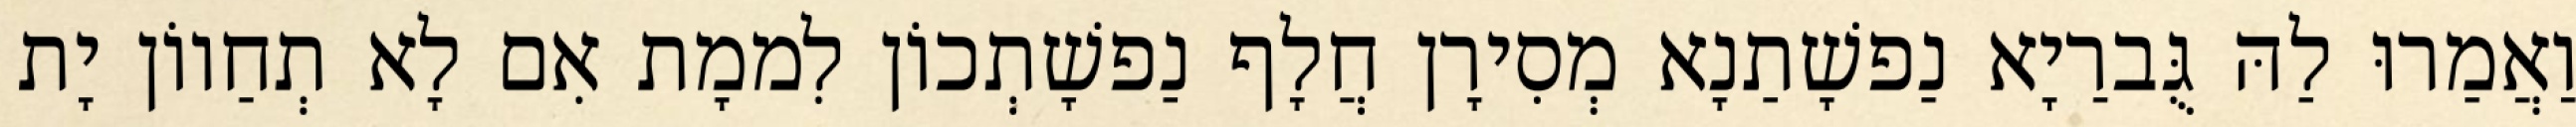
וַאֲמַרוּ לַהּ גֻּברַיָא נַפשָׁתַנָא מְסִירָן חֲלָף נַפשָׁתְכוֹן לִממָת אִם לָא תְחַווֹן יָת